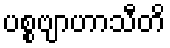
ပစ္စဗျာဟာသီတိ